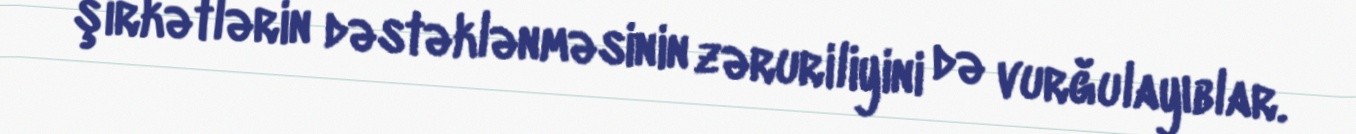
şirkətlərin dəstəklənməsinin zəruriliyini də vurğulayıblar.